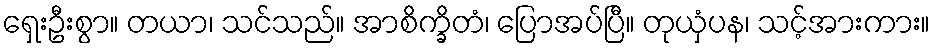
ရှေးဦးစွာ။ တယာ၊ သင်သည်။ အာစိက္ခိတံ၊ ပြောအပ်ပြီ။ တုယှံပန၊ သင့်အားကား။